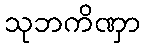
သုဘကိဏှာ